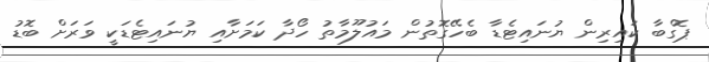
ޕޮގްބާ ކައިރިން ޔުނައިޓެޑާ ބެހޭގޮތުން މައުލޫމާތު ހޯދާ ކަމަށާއި ޔުނައިޓެޑަކީ ވަރަށް ބޮޑު